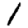
Digit: 1